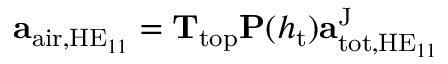
\begin{array} { r } { \mathbf { a } _ { \mathrm { a i r } , \mathrm { H E } _ { 1 1 } } = \mathbf { T } _ { \mathrm { t o p } } \mathbf { P } ( h _ { \mathrm { t } } ) \mathbf { a } _ { \mathrm { t o t } , \mathrm { H E } _ { 1 1 } } ^ { \mathrm { J } } } \end{array}